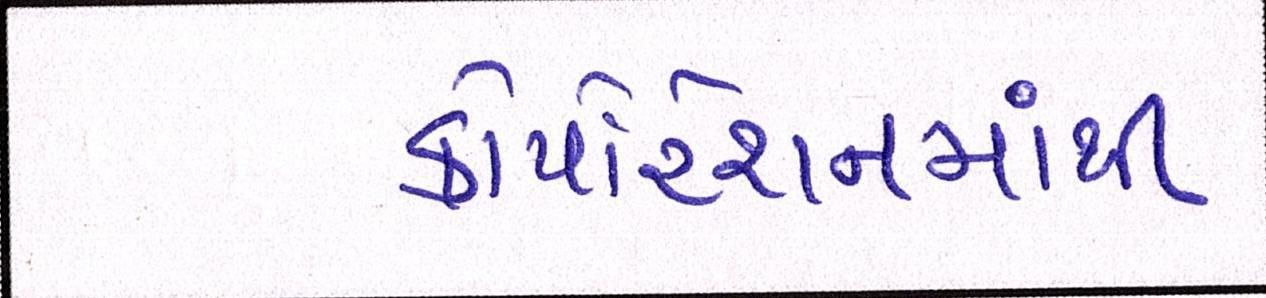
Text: કોર્પોરેશનમાંથી